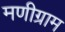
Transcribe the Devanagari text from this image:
मणीग्राम